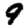
Digit: 9